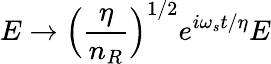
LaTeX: E\rightarrow\Big(\frac{\eta}{n_{R}}\Big)^{1/2}e^{i\omega_{s}t/\eta}E